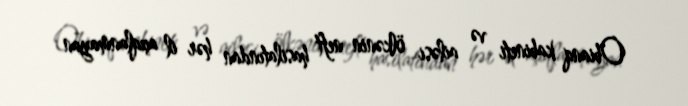
Obianq kabineti və ailəsi ölkənin neft hasilatından hər il açıqlanmayan